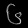
Digit: ၆